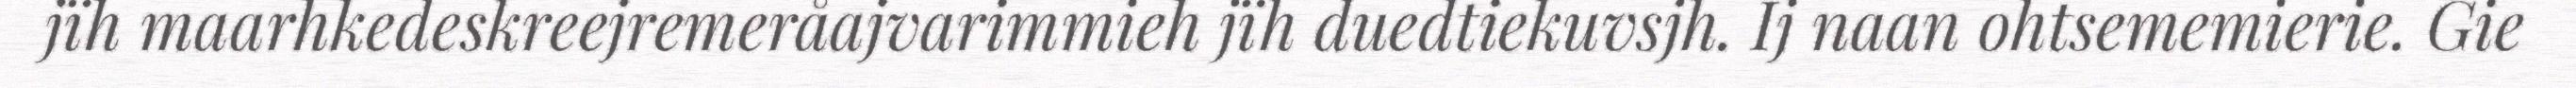
jïh maarhkedeskreejremeråajvarimmieh jïh duedtiekuvsjh. Ij naan ohtsememierie. Gie